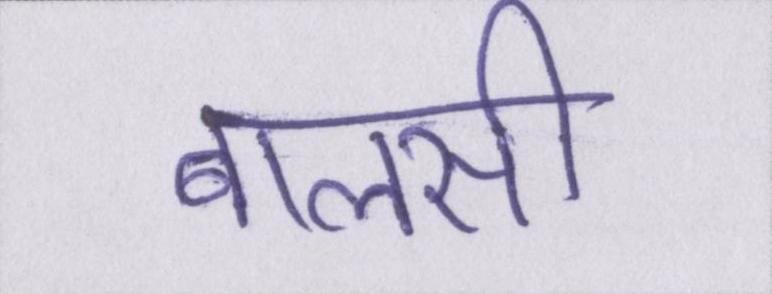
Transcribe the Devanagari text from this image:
बालसी